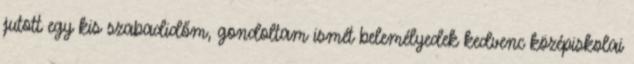
jutott egy kis szabadidőm, gondoltam ismét belemélyedek kedvenc középiskolai